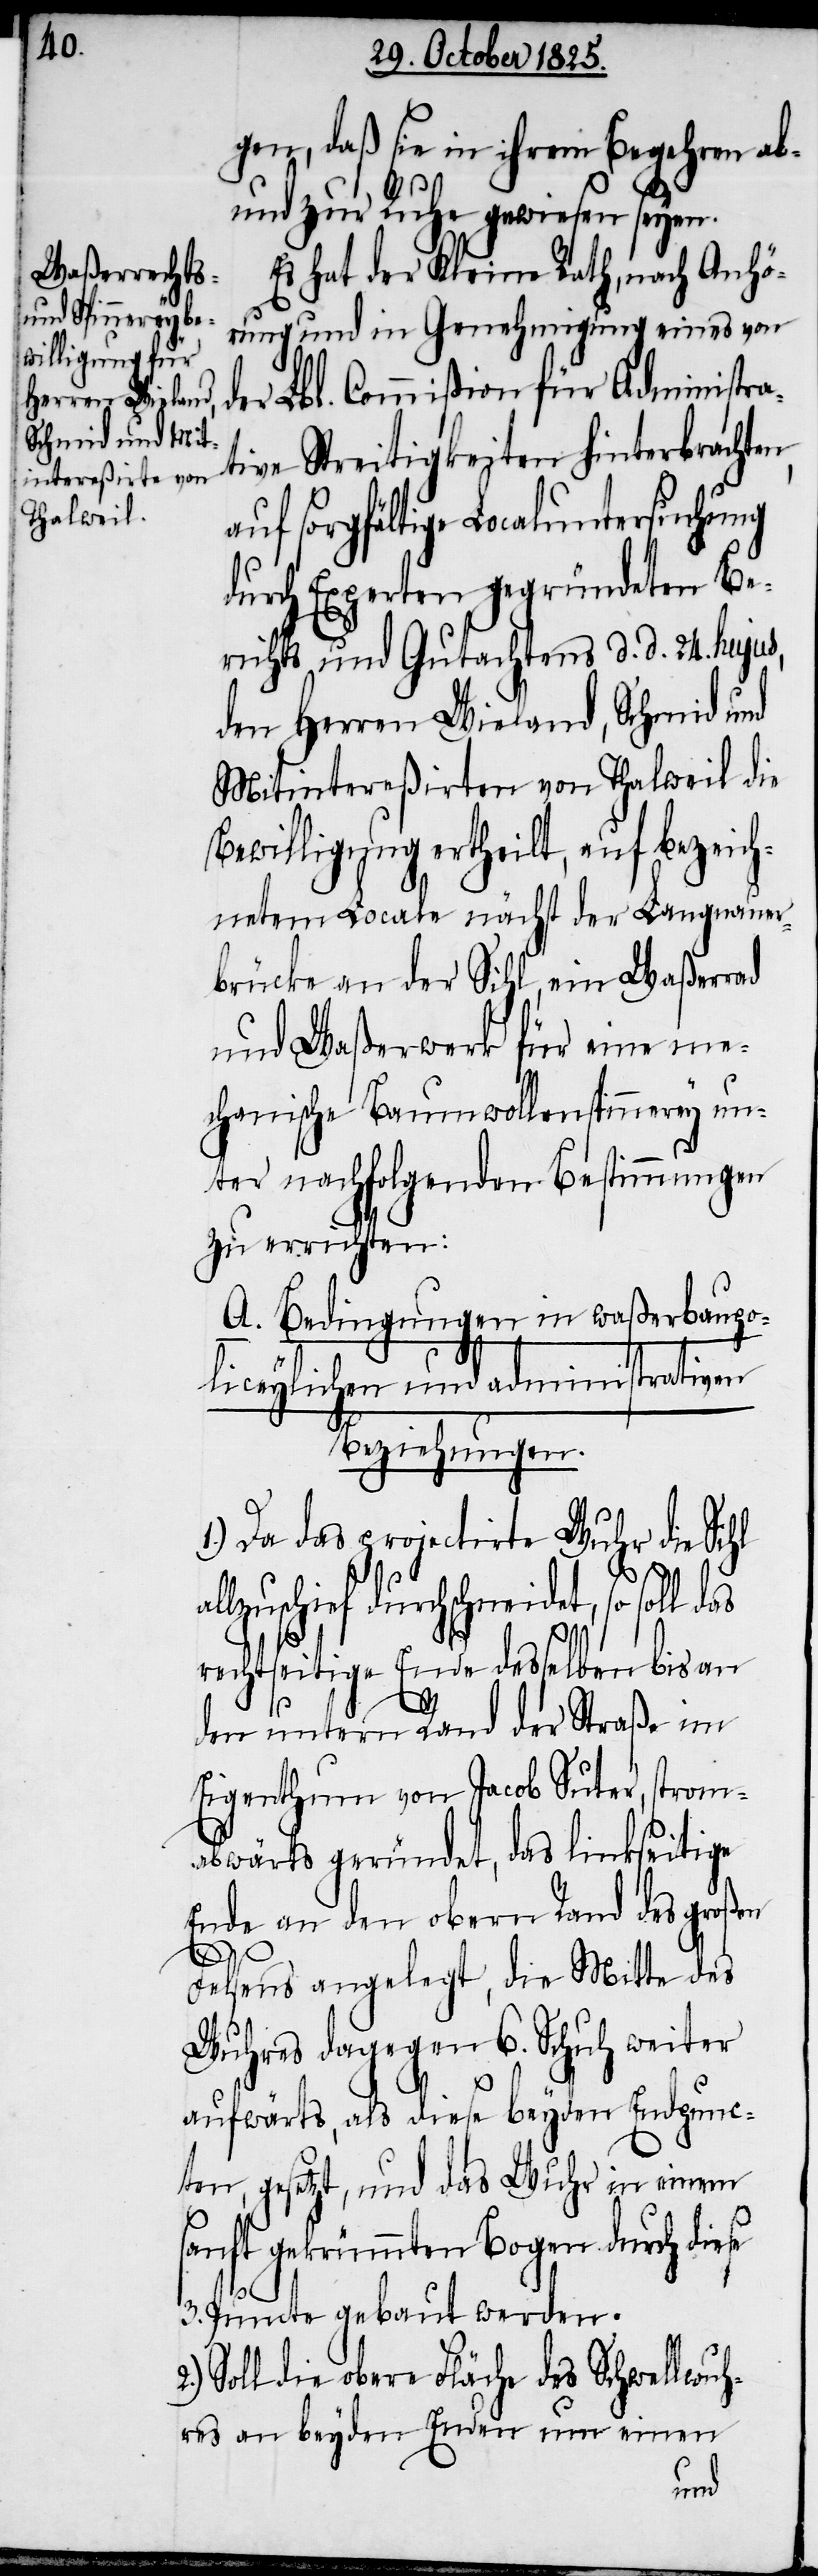
gen, daß sie in ihrem Begehren ab-
und zur Ruhe gewiesen seyen.
Es hat der Kleine Rath, nach Anhö¬
rung und in Genehmigung eines von
der Lbl. Commißion für Administra¬
tive Streitigkeiten hinterbrachten,
auf sorgfältige Localuntersuchung
durch Experten gegründeten Be¬
richts und Gutachtens d. d. 24. hujus,
den Herren Wieland, Schmid und
Mitintereßirten von Thalweil die
Bewilligung ertheilt, auf bezeich¬
netem Locale nächst der Langmauer¬
brücke an der Sihl, ein Waßerrad
und Waßerwerk für eine me¬
chanische Baumwollenspinnerey un¬
ter nachfolgenden Bestimmungen
zu errichten:
A. Bedingungen in waßerbaupo¬
liceylichen und administrativen
Bezeichnungen.
1.) Da das projectirte Wuhr die Sihl
lzuschief durchschneidet, so
rechtseitige Ende desselben bis an
a¬
l¬
den untern Rand der Straße, strom¬
abwärts geründet, das linkseitige
Ende an den obern Rand des großen
Fehlens angelegt, die Mitte des
Wuhres dagegen 6. Schuh weiter
aufwärts, als diese beyden Endpunc¬
ten, gesetzt, und das Wuhr in einem
sanft gekrümmten Bogen durch diese
3. Puncte gebaut werden.
Soll die obere Fläche des Schwellwuh¬
res an beyden Enden um einen